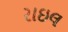
રાઇલ